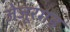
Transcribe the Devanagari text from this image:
जेजूरगड